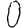
Digit: 0